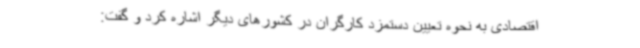
اقتصادی به نحوه تعیین دستمزد کارگران در کشورهای دیگر اشاره کرد و گفت: